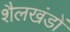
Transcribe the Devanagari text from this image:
शैलखंडों